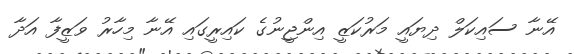
އޭނާ ސައިކަލް ދިޔައީ މަރުކަޒީ އިންޖީނުގެ ކައިރީގައި އޭނާ މިހާރު ވަޒީފާ އަދާ